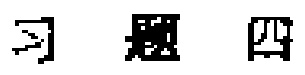
$\sqrt{}$
$\boxed{}$
$\boxed{}$